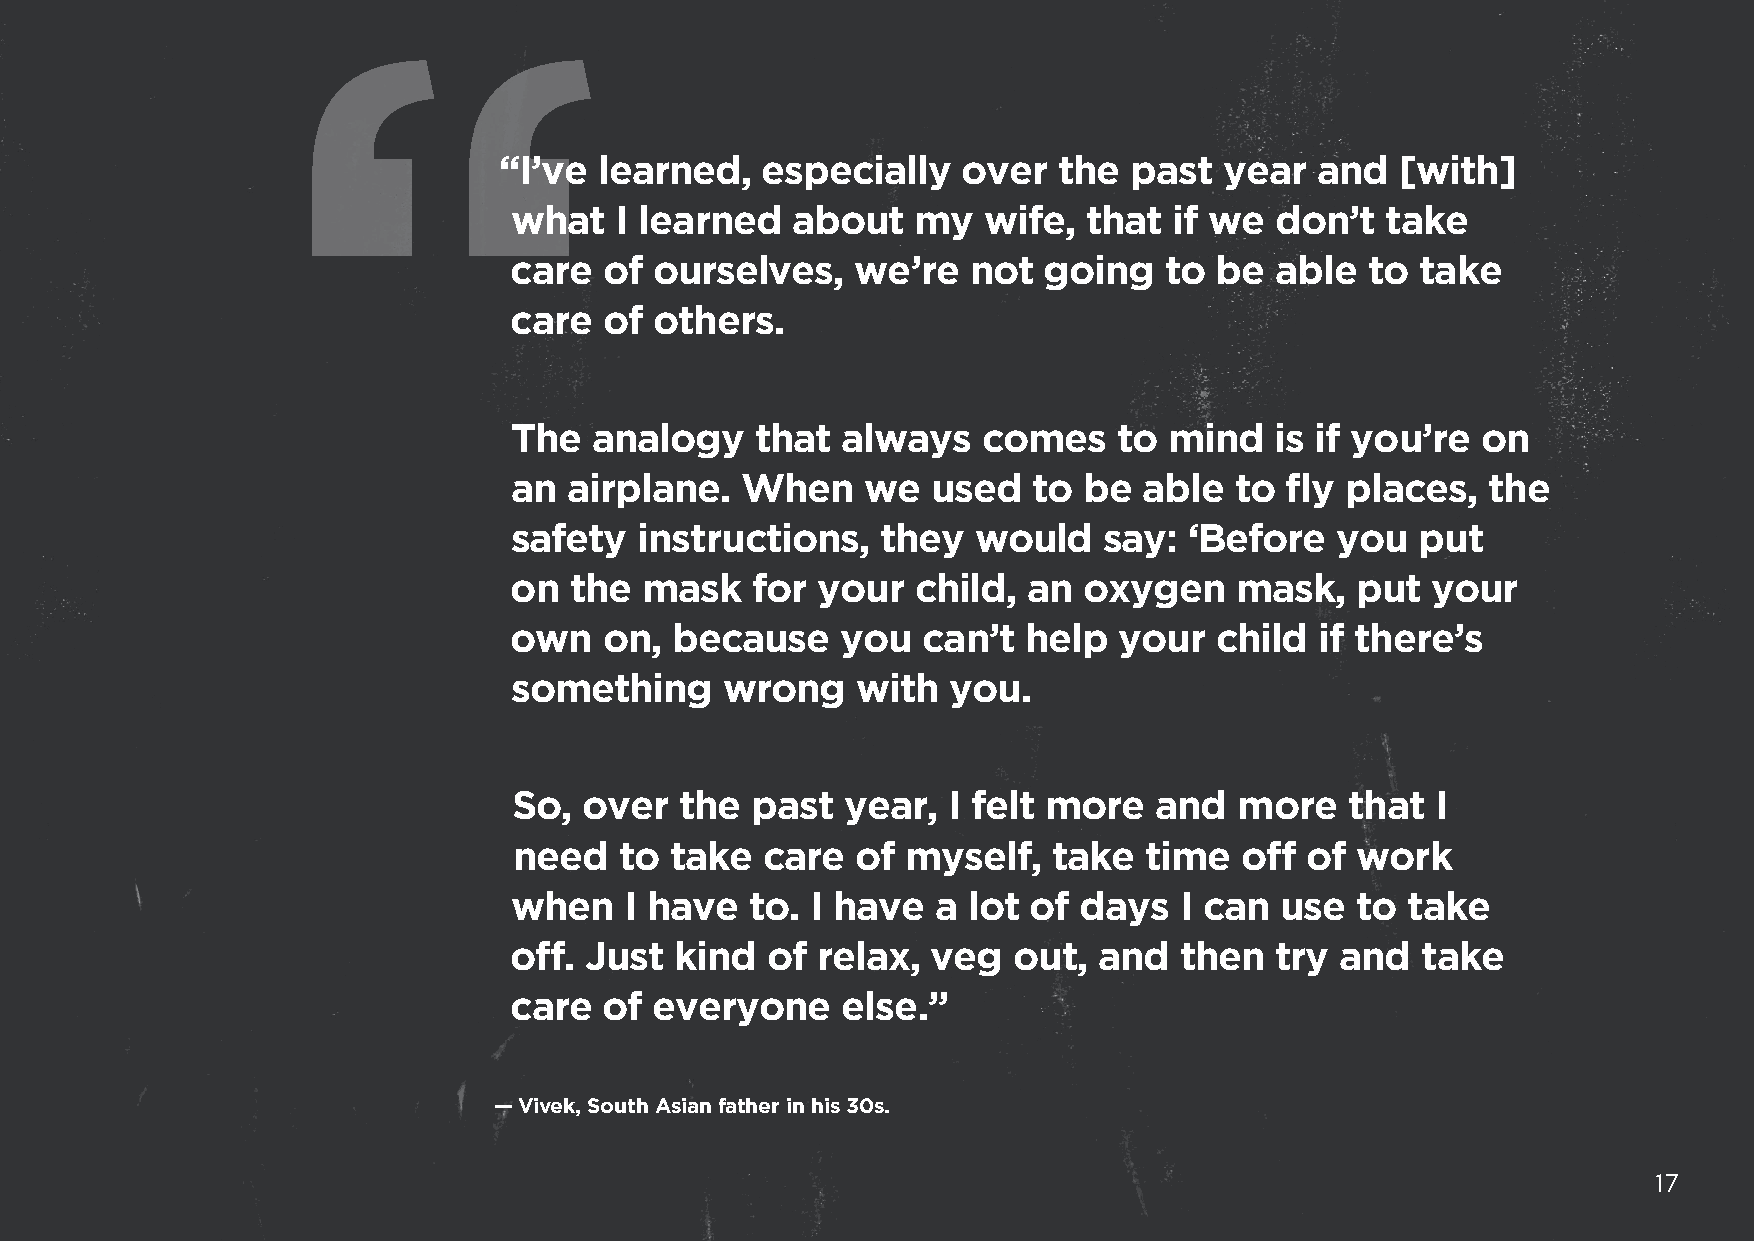
“I’ve  learned,  especially    over  the  past  year  and   [with]
 what   I learned  about    my  wife,  that  if we don’t   take
 care  of ourselves,    we’re  not  going   to  be able   to take
 care  of others.
 The  analogy    that  always   comes    to mind   is if you’re  on
 an  airplane.  When    we   used  to  be  able  to fly places,   the
 safety  instructions,   they   would   say:  ‘Before   you  put
 on  the  mask   for your   child, an  oxygen    mask,   put  your
 own   on, because     you  can’t  help  your   child if there’s
 something     wrong    with  you.
 So,  over  the  past  year,  I felt more  and   more   that  I
 need   to take   care  of myself,   take  time  off of  work
 when   I have   to. I have  a lot of  days  I can  use  to take
 off. Just  kind  of relax,  veg  out,  and  then  try  and  take
 care  of everyone     else.”
 — Vivek, South Asian father in his 30s.
 17